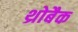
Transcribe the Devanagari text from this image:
थ्रोबैक